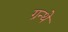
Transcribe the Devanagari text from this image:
ग्रन्थे